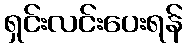
ရှင်းလင်းပေးရန်